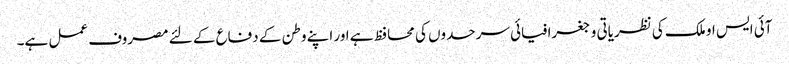
آئی ایس او ملک کی نظریاتی و جغرافیائی سرحدوں کی محافظ ہے اور اپنے وطن کے دفاع کے لئے مصروف عمل ہے۔